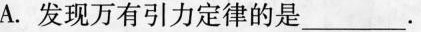
A.发现万有引力定律的是___。